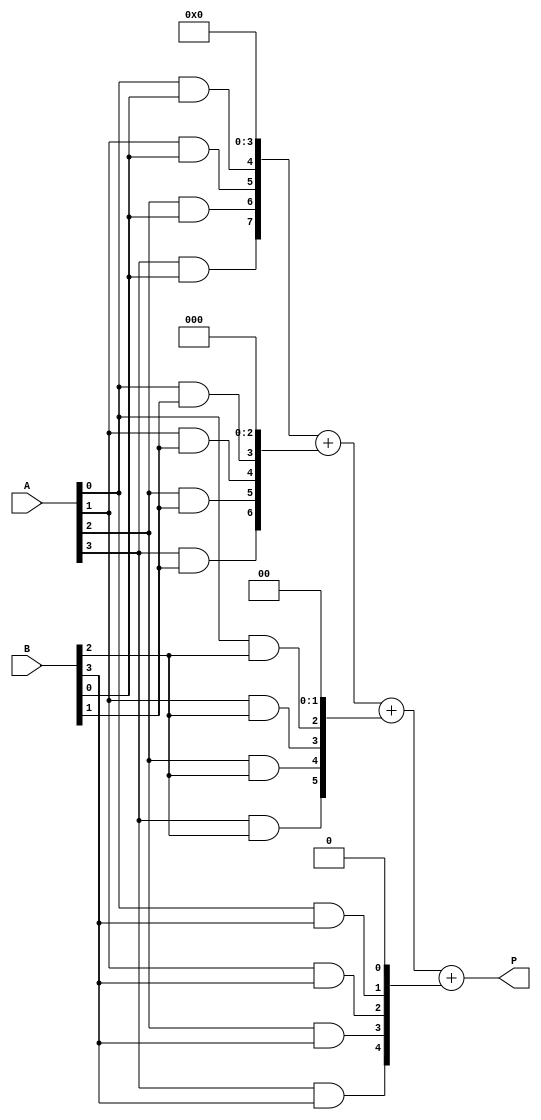
module array_multiplier #(parameter A_WIDTH = 4, parameter B_WIDTH = 4)
(
    input [A_WIDTH-1:0] A,
    input [B_WIDTH-1:0] B,
    output [A_WIDTH + B_WIDTH - 1:0] P
);

// Internal wires for partial products
wire [A_WIDTH-1:0] pp[B_WIDTH-1:0]; // Partial products

// Generate the AND array for partial products
genvar i, j;
generate
    for (i = 0; i < B_WIDTH; i = i + 1) begin : and_array
        for (j = 0; j < A_WIDTH; j = j + 1) begin : and_gate
            assign pp[i][j] = A[j] & B[i];
        end
    end
endgenerate

// Adder tree to sum the partial products
wire [A_WIDTH + B_WIDTH - 1:0] sum [B_WIDTH-1:0]; // To hold intermediate sums

// First row of partial products is directly assigned
assign sum[0] = {pp[0], {A_WIDTH{1'b0}}}; // Shifted by 0

// Adding partial products row by row
generate
    for (i = 1; i < B_WIDTH; i = i + 1) begin : adder_tree
        assign sum[i] = sum[i-1] + {pp[i], {A_WIDTH-i{1'b0}}}; // Shift current partial product
    end
endgenerate

// Final output is the last sum
assign P = sum[B_WIDTH-1];

endmodule